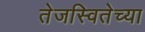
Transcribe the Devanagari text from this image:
तेजस्वितेच्या